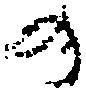
の